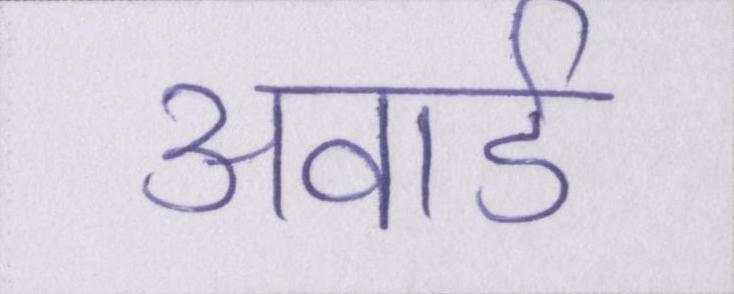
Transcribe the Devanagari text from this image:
अवार्ड